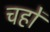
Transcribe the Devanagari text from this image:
चहों